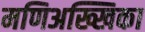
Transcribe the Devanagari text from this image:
मणिअख्खिका